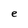
Character: e